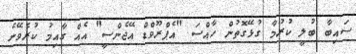
ސައިބާ ބުލީ ކުރުމާ ގުޅޭގޮތުން ހާއްސަ "އެޕްރޫވްޑް އޭޖެންސީ" އެއް ގާއިމު ކުރެވޭނެ